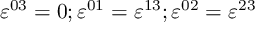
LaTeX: \varepsilon ^ { 0 3 } = 0 ; \varepsilon ^ { 0 1 } = \varepsilon ^ { 1 3 } ; \varepsilon ^ { 0 2 } = \varepsilon ^ { 2 3 }